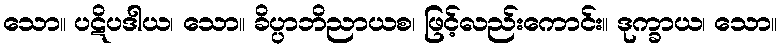
သော။ ပဋိပဒါယ၊ သော။ ခိပ္ပာဘိညာယစ၊ ဖြင့်လည်းကောင်း။ ဒုက္ခာယ၊ သော။